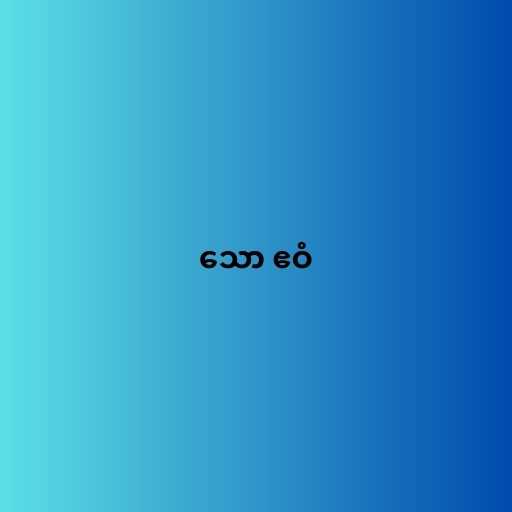
သော ဧဝံ